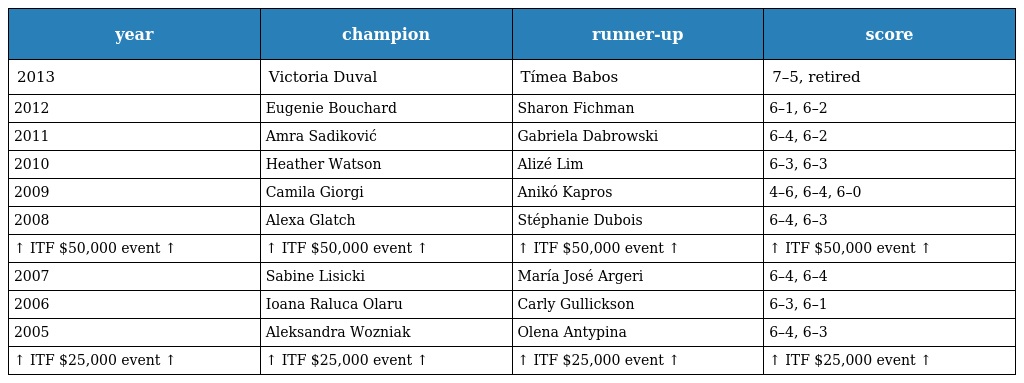
| year | champion | runner-up | score |
 | --- | --- | --- | --- |
 | 2013 | Victoria Duval | Tímea Babos | 7–5, retired |
 | 2012 | Eugenie Bouchard | Sharon Fichman | 6–1, 6–2 |
 | 2011 | Amra Sadiković | Gabriela Dabrowski | 6–4, 6–2 |
 | 2010 | Heather Watson | Alizé Lim | 6–3, 6–3 |
 | 2009 | Camila Giorgi | Anikó Kapros | 4–6, 6–4, 6–0 |
 | 2008 | Alexa Glatch | Stéphanie Dubois | 6–4, 6–3 |
 | ↑ ITF $50,000 event ↑ | ↑ ITF $50,000 event ↑ | ↑ ITF $50,000 event ↑ | ↑ ITF $50,000 event ↑ |
 | 2007 | Sabine Lisicki | María José Argeri | 6–4, 6–4 |
 | 2006 | Ioana Raluca Olaru | Carly Gullickson | 6–3, 6–1 |
 | 2005 | Aleksandra Wozniak | Olena Antypina | 6–4, 6–3 |
 | ↑ ITF $25,000 event ↑ | ↑ ITF $25,000 event ↑ | ↑ ITF $25,000 event ↑ | ↑ ITF $25,000 event ↑ |